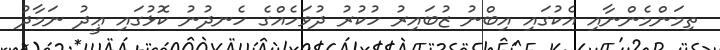
ތިމަންމެންނާއި އެކުގައި އިބްނު ޒުބައިރު ހުކުރު ދުވަހެއްގެ ހެނދުނު ކޮޅުގައި ޢީދު ނަމާދު